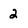
Character: 2